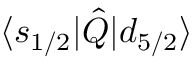
\langle s _ { 1 / 2 } | \hat { Q } | d _ { 5 / 2 } \rangle